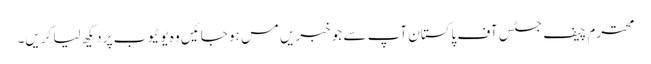
محترم چیف جسٹس آف پاکستان آپ سے جو خبریں مس ہو جائیں وہ یوٹیوب پر دیکھ لیا کریں۔